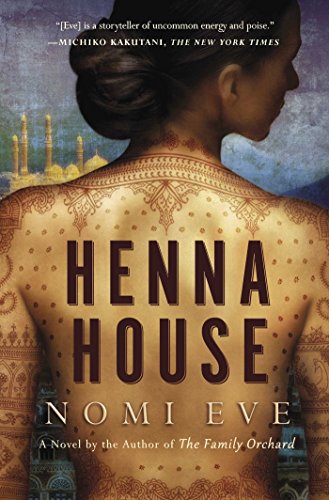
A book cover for Henna House: A Novel; Nomi Eve; Literature & Fiction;